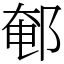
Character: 䣍